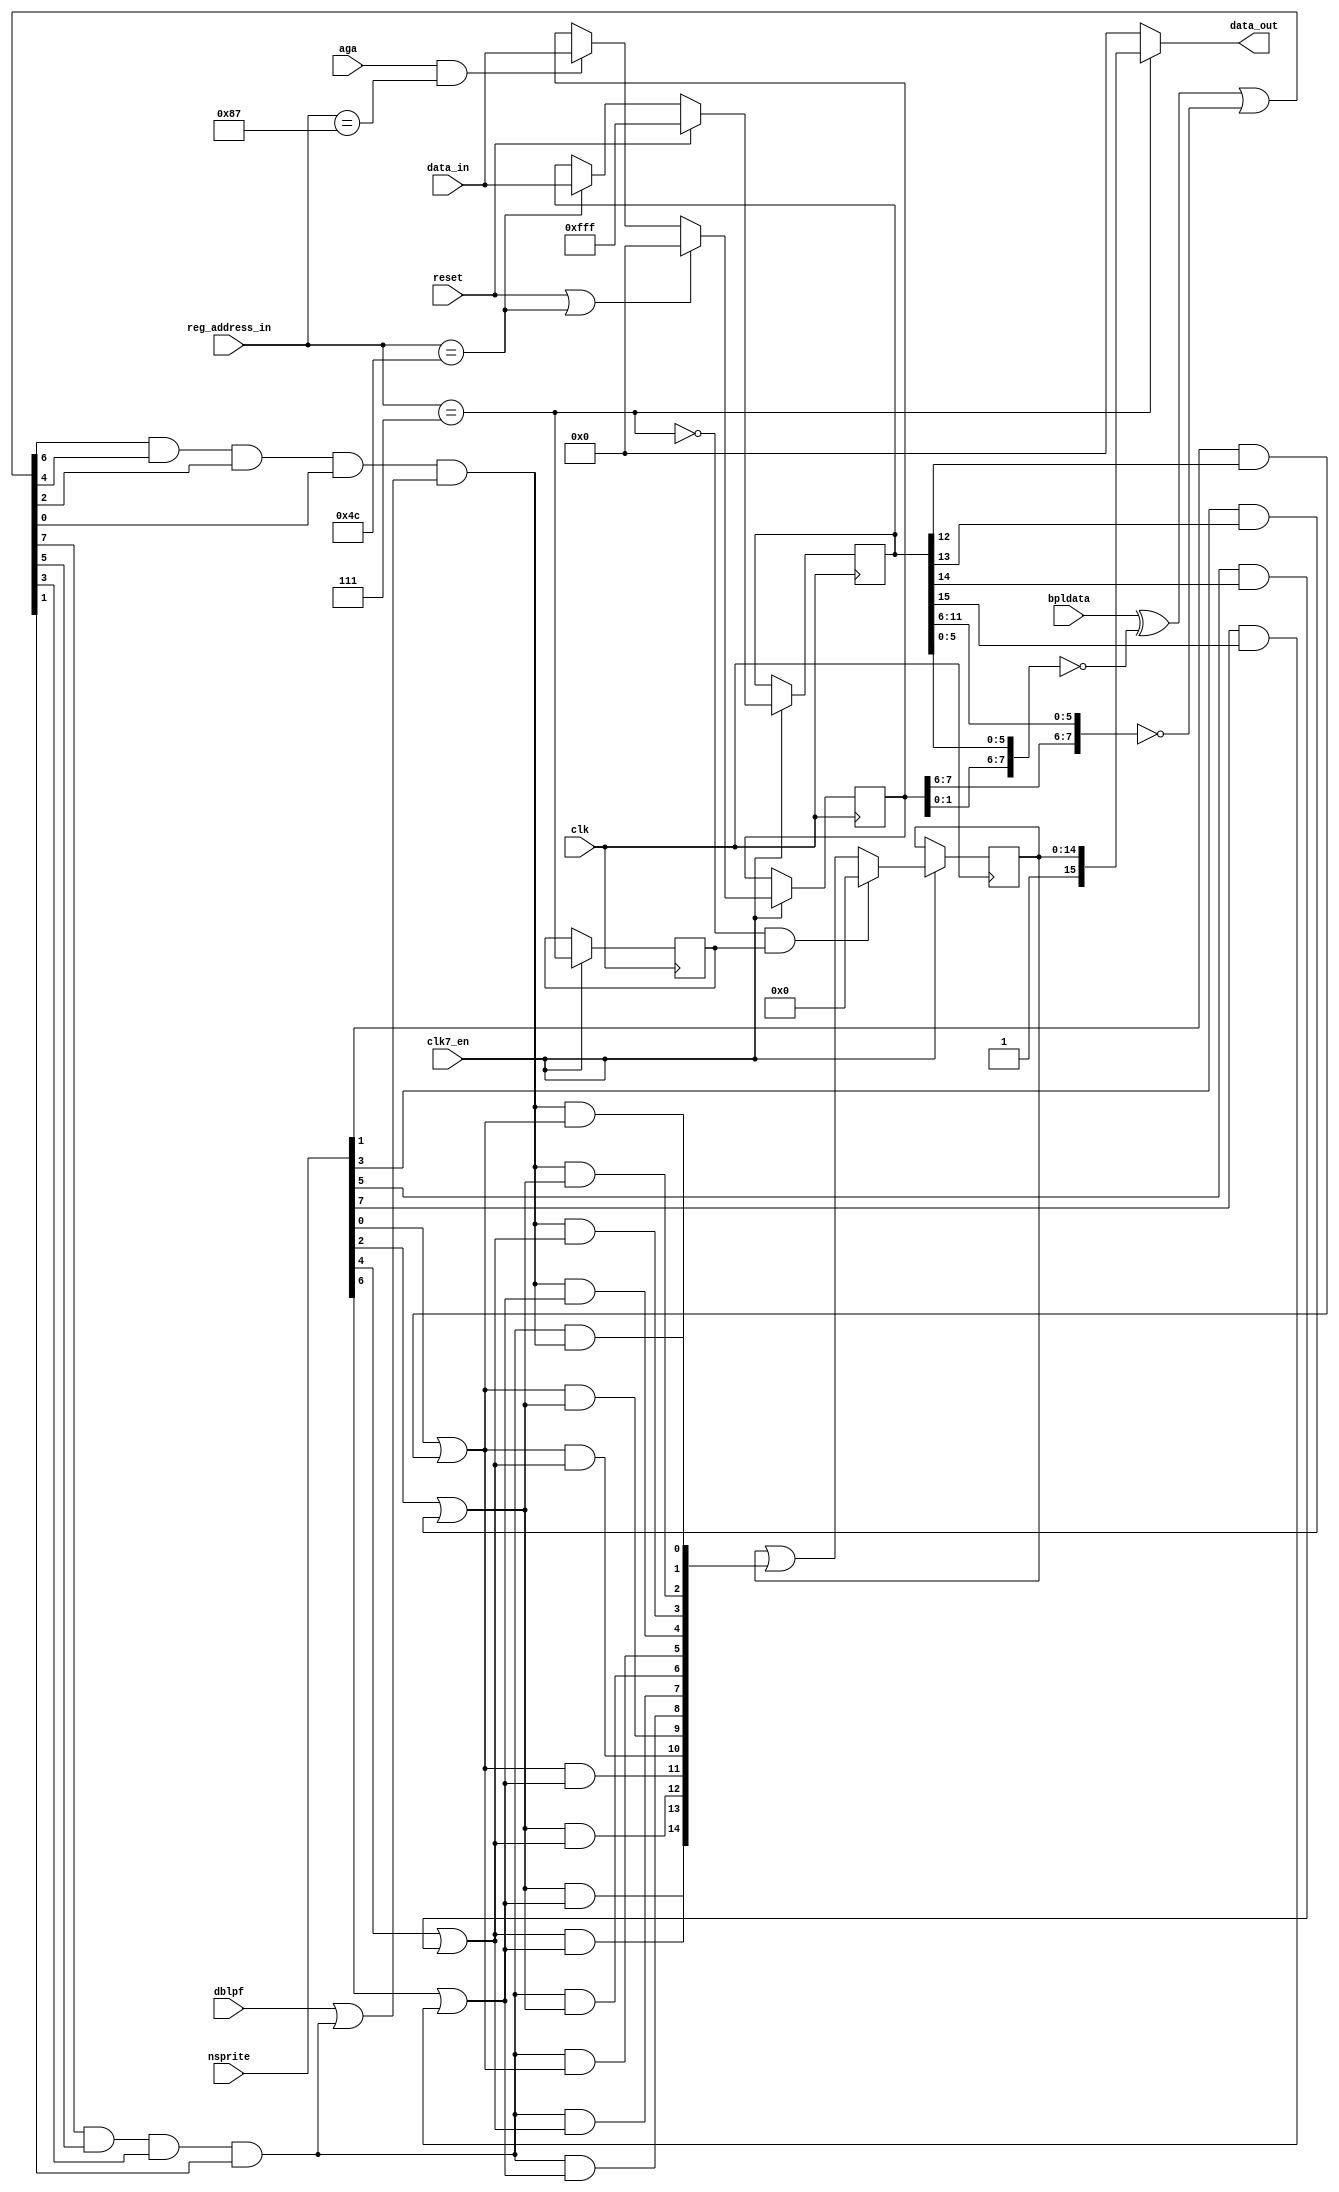
module denise_collision
(
  input   clk,          
  input clk7_en,
  input  reset,          
  input aga,        
  input   [8:1] reg_address_in,  
  input   [15:0] data_in,      
  output  [15:0] data_out,    
  input  dblpf,        
  input  [7:0] bpldata,      
  input  [7:0] nsprite
);
parameter CLXCON  = 9'h098;
parameter CLXCON2 = 9'h10e;
parameter CLXDAT  = 9'h00e;
reg    [15:0] clxcon;      
reg   [15:0] clxcon2;     
reg    [14:0] clxdat;      
wire  [3:0] sprmatch;      
wire  oddmatch;        
wire  evenmatch;        
always @(posedge clk)
  if (clk7_en) begin
    if (reset) 
      clxcon <= 16'h0fff;
    else if (reg_address_in[8:1] == CLXCON[8:1])
      clxcon <= data_in;
  end
always @ (posedge clk) begin
  if (clk7_en) begin
    if (reset || (reg_address_in[8:1] == CLXCON[8:1]))
      clxcon2 <= #1 16'h0000;
    else if (aga && (reg_address_in[8:1] == CLXCON2[8:1]))
      clxcon2 <= #1 data_in;
  end
end
wire [7:0] bm;
assign bm = (bpldata[7:0] ^ ~{clxcon2[1:0],clxcon[5:0]}) | (~{clxcon2[7:6],clxcon[11:6]}); 
assign oddmatch = bm[6] & bm[4] & bm[2] & bm[0] & (dblpf | evenmatch);
assign evenmatch = bm[7] & bm[5] & bm[3] & bm[1];
assign sprmatch[0] = nsprite[0] | (nsprite[1] & clxcon[12]);
assign sprmatch[1] = nsprite[2] | (nsprite[3] & clxcon[13]);
assign sprmatch[2] = nsprite[4] | (nsprite[5] & clxcon[14]);
assign sprmatch[3] = nsprite[6] | (nsprite[7] & clxcon[15]);
wire [14:0] cl;
reg clxdat_read_del;
assign cl[0]  = evenmatch   & oddmatch;    
assign cl[1]  = oddmatch    & sprmatch[0];  
assign cl[2]  = oddmatch    & sprmatch[1];  
assign cl[3]  = oddmatch    & sprmatch[2];  
assign cl[4]  = oddmatch    & sprmatch[3];  
assign cl[5]  = evenmatch   & sprmatch[0];  
assign cl[6]  = evenmatch   & sprmatch[1];  
assign cl[7]  = evenmatch   & sprmatch[2];  
assign cl[8]  = evenmatch   & sprmatch[3];  
assign cl[9]  = sprmatch[0] & sprmatch[1];  
assign cl[10] = sprmatch[0] & sprmatch[2];  
assign cl[11] = sprmatch[0] & sprmatch[3];  
assign cl[12] = sprmatch[1] & sprmatch[2];  
assign cl[13] = sprmatch[1] & sprmatch[3];  
assign cl[14] = sprmatch[2] & sprmatch[3];  
wire clxdat_read = (reg_address_in[8:1]==CLXDAT[8:1]);
always @(posedge clk)
  if (clk7_en) begin
    clxdat_read_del <= clxdat_read;
  end
always @(posedge clk)
  if (clk7_en) begin
    if (!clxdat_read & clxdat_read_del)  
      clxdat <= 0;
    else 
      clxdat <= clxdat[14:0] | cl[14:0];
  end
assign data_out = reg_address_in[8:1]==CLXDAT[8:1] ? {1'b1,clxdat[14:0]} : 16'd0;
endmodule